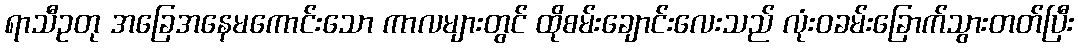
ရာသီဥတု အခြေအနေမကောင်းသော ကာလများတွင် ထိုစမ်းချောင်းလေးသည် လုံးဝခမ်းခြောက်သွားတတ်ပြီး